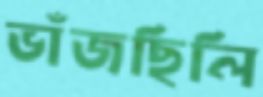
ভাঁজছিলি